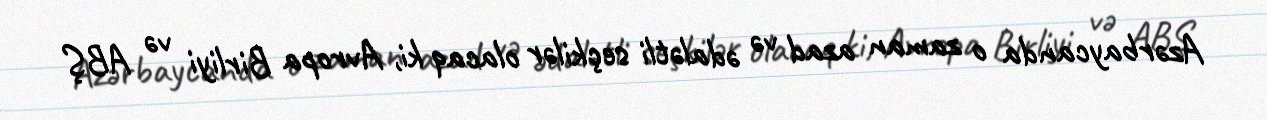
Azərbaycanda o zaman azad və ədalətli seçkilər olacaq ki, Avropa Birliyi və ABŞ